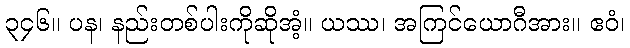
၃၄၆။ ပန၊ နည်းတစ်ပါးကိုဆိုအံ့။ ယဿ၊ အကြင်ယောဂီအား။ ဧဝံ၊